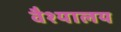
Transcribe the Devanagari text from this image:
वैश्यालय